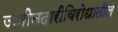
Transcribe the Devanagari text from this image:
जमीनदारीविरोधातील